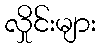
လှိုင်းများ